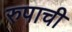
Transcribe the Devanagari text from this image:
रुपाची